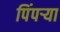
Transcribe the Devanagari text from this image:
पिंपऱ्या